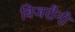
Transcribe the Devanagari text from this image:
बिजरौनी